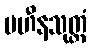
ပဟီနသုတ္တံ